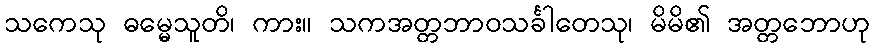
သကေသု ဓမ္မေသူတိ၊ ကား။ သကအတ္တဘာဝသင်္ခါတေသု၊ မိမိ၏ အတ္တဘောဟု